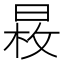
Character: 𣈕